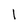
Character: 1